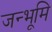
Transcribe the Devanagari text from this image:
जन्भूमि